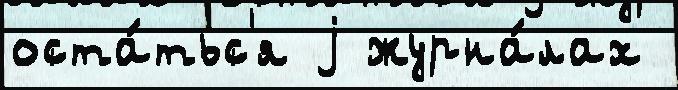
оста́тьс'я j журна́лах